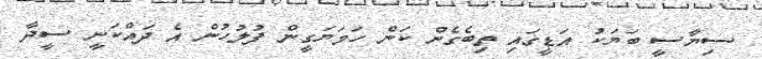
ސިޔާސީ ބަޔަކު އަޑީގައި ތިބެގެން ކަން ހަމަޔަގީން ފުލުހުން އެ ދައްކަނީ ސީދާ